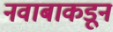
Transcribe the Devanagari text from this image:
नवाबाकडून